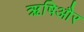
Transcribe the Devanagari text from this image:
ऋषिऔर